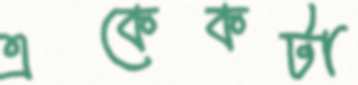
একেকটা